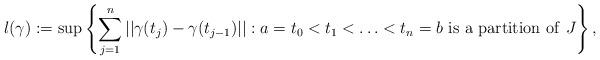
LaTeX: \begin{align*} l(\gamma) := \sup\left\{\sum_{j=1}^n||\gamma(t_{j})-\gamma(t_{j-1})||: a = t_0 < t_1 <\ldots < t_n = b \ \mathrm{is \ a \ partition \ of} \ J\right\},\end{align*}